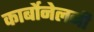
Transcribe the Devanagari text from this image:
कार्बोनेलनी